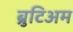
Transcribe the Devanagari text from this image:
ब्रुटिअम